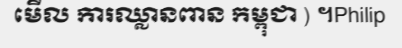
មើល ការឈ្លានពាន កម្ពុជា ) ។Philip